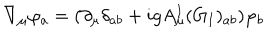
\nabla _ { \mu } \varphi _ { a } = ( \partial _ { \mu } \delta _ { a b } + i g A _ { \mu } ^ { I } ( G _ { I } ) _ { a b } ) \varphi _ { b }